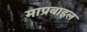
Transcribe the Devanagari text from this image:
माप्रबाइल